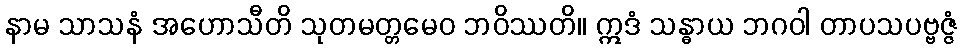
နာမ သာသနံ အဟောသီတိ သုတမတ္တမေဝ ဘဝိဿတိ။ ဣဒံ သန္ဓာယ ဘဂဝါ တာပသပဗ္ဗဇ္ဇံ